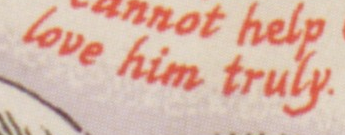
love him truly.